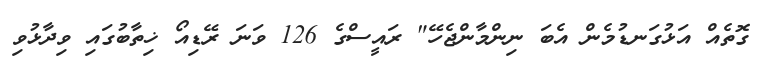
ގޮތެއް އަޅުގަނޑުމެން އެބަ ނިންމާންޖެހޭ" ރައީސްގެ 126 ވަނަ ރޭޑިއޯ ޚިތާބުގައި ވިދާޅުވި